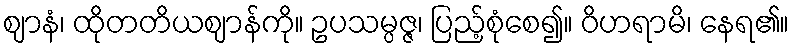
ဈာနံ၊ ထိုတတိယဈာန်ကို။ ဥပသမ္ပဇ္ဇ၊ ပြည့်စုံစေ၍။ ဝိဟရာမိ၊ နေရ၏။